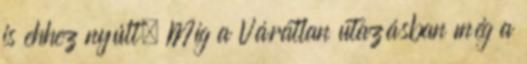
is ehhez nyúlt. Míg a Váratlan utazásban még a